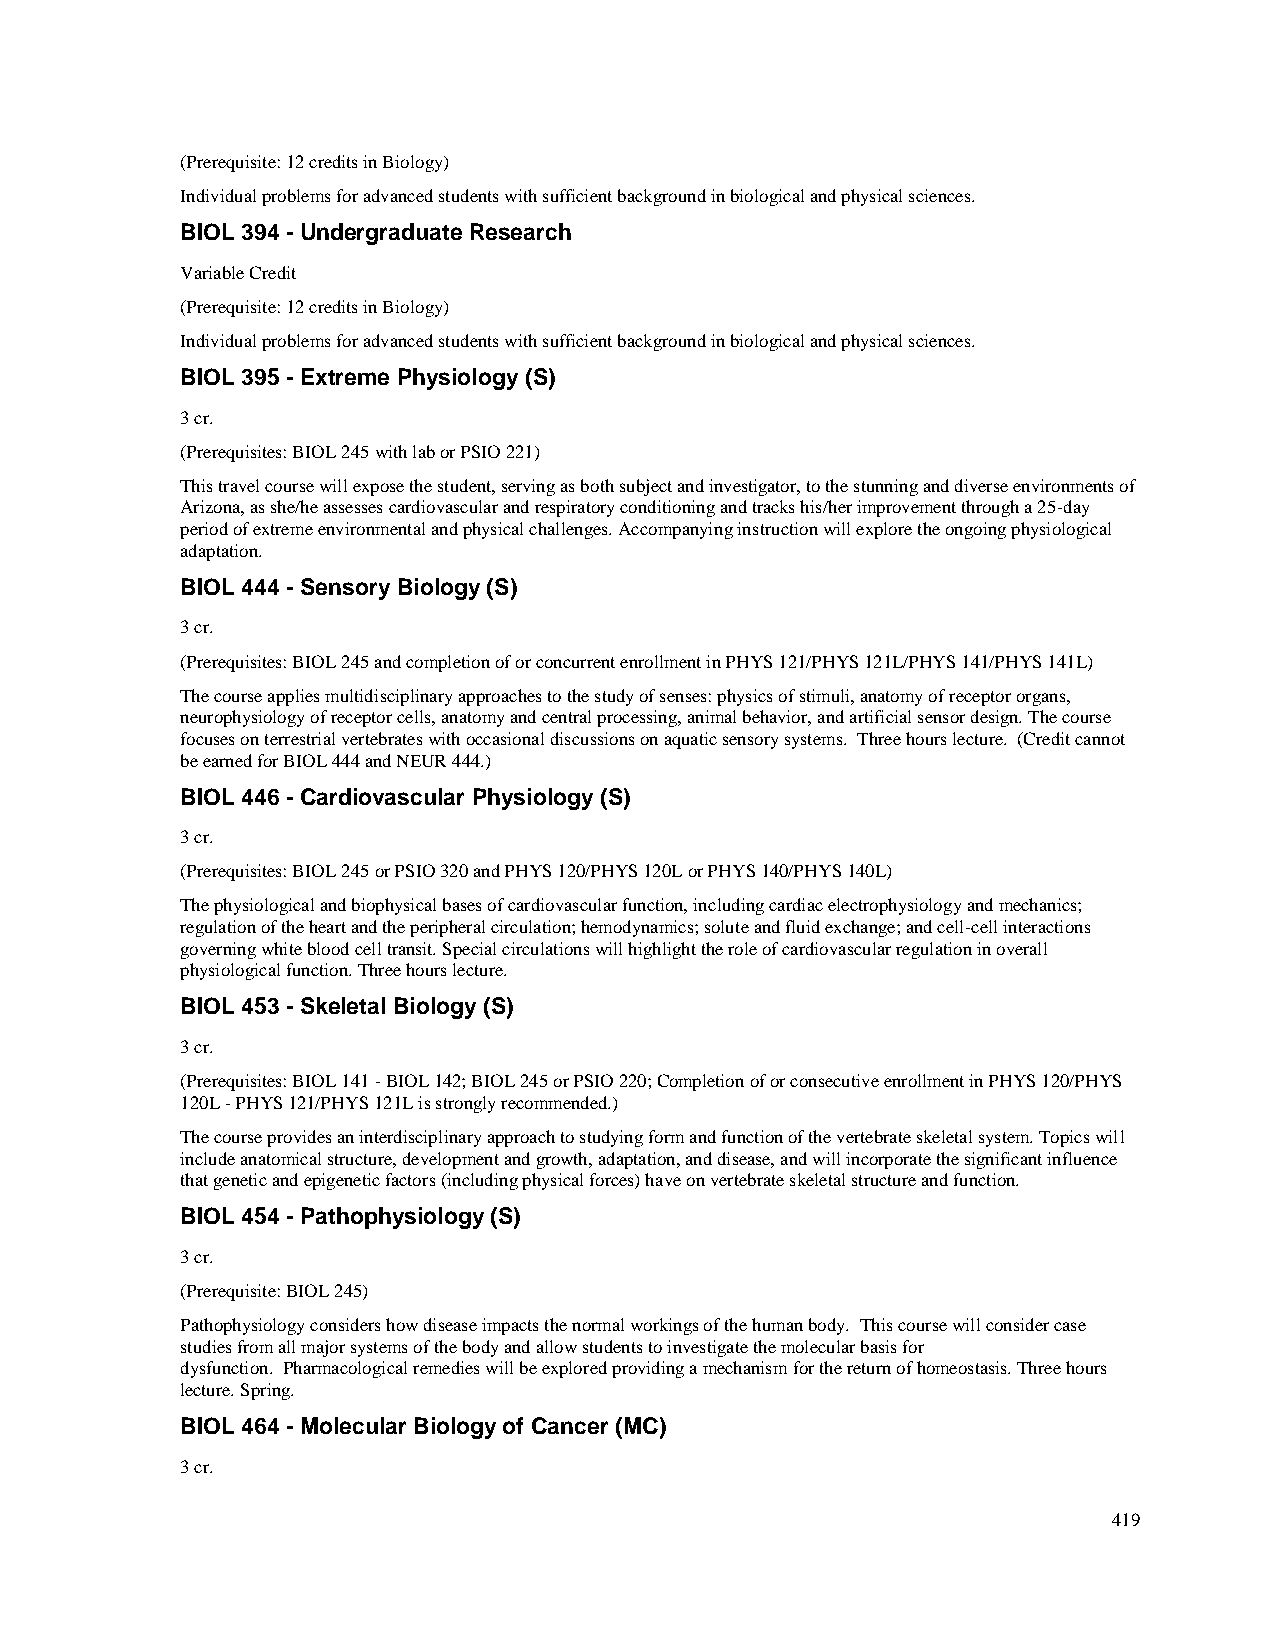
(Prerequisite: 12 credits in Biology)
 Individual problems for advanced students with sufficient background in biological and physical sciences.
 BIOL 394 - Undergraduate Research
 Variable Credit
 (Prerequisite: 12 credits in Biology)
 Individual problems for advanced students with sufficient background in biological and physical sciences.
 BIOL 395 - Extreme Physiology (S)
 3 cr.
 (Prerequisites: BIOL 245 with lab or PSIO 221)
 This travel course will expose the student, serving as both subject and investigator, to the stunning and diverse environments of
 Arizona, as she/he assesses cardiovascular and respiratory conditioning and tracks his/her improvement through a 25-day
 period of extreme environmental and physical challenges. Accompanying instruction will explore the ongoing physiological
 adaptation.
 BIOL 444 - Sensory Biology (S)
 3 cr.
 (Prerequisites: BIOL 245 and completion of or concurrent enrollment in PHYS 121/PHYS 121L/PHYS 141/PHYS 141L)
 The course applies multidisciplinary approaches to the study of senses: physics of stimuli, anatomy of receptor organs,
 neurophysiology of receptor cells, anatomy and central processing, animal behavior, and artificial sensor design. The course
 focuses on terrestrial vertebrates with occasional discussions on aquatic sensory systems. Three hours lecture. (Credit cannot
 be earned for BIOL 444 and NEUR 444.)
 BIOL 446 - Cardiovascular Physiology (S)
 3 cr.
 (Prerequisites: BIOL 245 or PSIO 320 and PHYS 120/PHYS 120L or PHYS 140/PHYS 140L)
 The physiological and biophysical bases of cardiovascular function, including cardiac electrophysiology and mechanics;
 regulation of the heart and the peripheral circulation; hemodynamics; solute and fluid exchange; and cell-cell interactions
 governing white blood cell transit. Special circulations will highlight the role of cardiovascular regulation in overall
 physiological function. Three hours lecture.
 BIOL 453 - Skeletal Biology (S)
 3 cr.
 (Prerequisites: BIOL 141 - BIOL 142; BIOL 245 or PSIO 220; Completion of or consecutive enrollment in PHYS 120/PHYS
 120L - PHYS 121/PHYS 121L is strongly recommended.)
 The course provides an interdisciplinary approach to studying form and function of the vertebrate skeletal system. Topics will
 include anatomical structure, development and growth, adaptation, and disease, and will incorporate the significant influence
 that genetic and epigenetic factors (including physical forces) have on vertebrate skeletal structure and function.
 BIOL 454 - Pathophysiology (S)
 3 cr.
 (Prerequisite: BIOL 245)
 Pathophysiology considers how disease impacts the normal workings of the human body. This course will consider case
 studies from all major systems of the body and allow students to investigate the molecular basis for
 dysfunction. Pharmacological remedies will be explored providing a mechanism for the return of homeostasis. Three hours
 lecture. Spring.
 BIOL 464 - Molecular Biology of Cancer (MC)
 3 cr.
 419